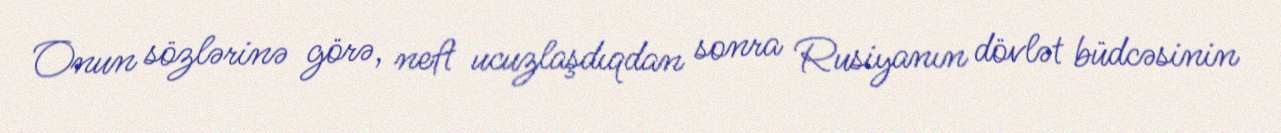
Onun sözlərinə görə, neft ucuzlaşdıqdan sonra Rusiyanın dövlət büdcəsinin